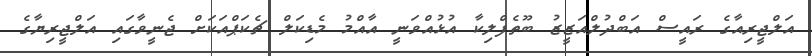
އަލްޖީރިއާގެ ރައީސް އަބްދުލްއަޒީޒު ބޫތެފްލިކާ އުޅުއްވަނީ އާއްމު މެޑިކަލް ޗެކަޕްއަކަށް ޖެނީވާގައި އަލްޖީރިޔާގެ